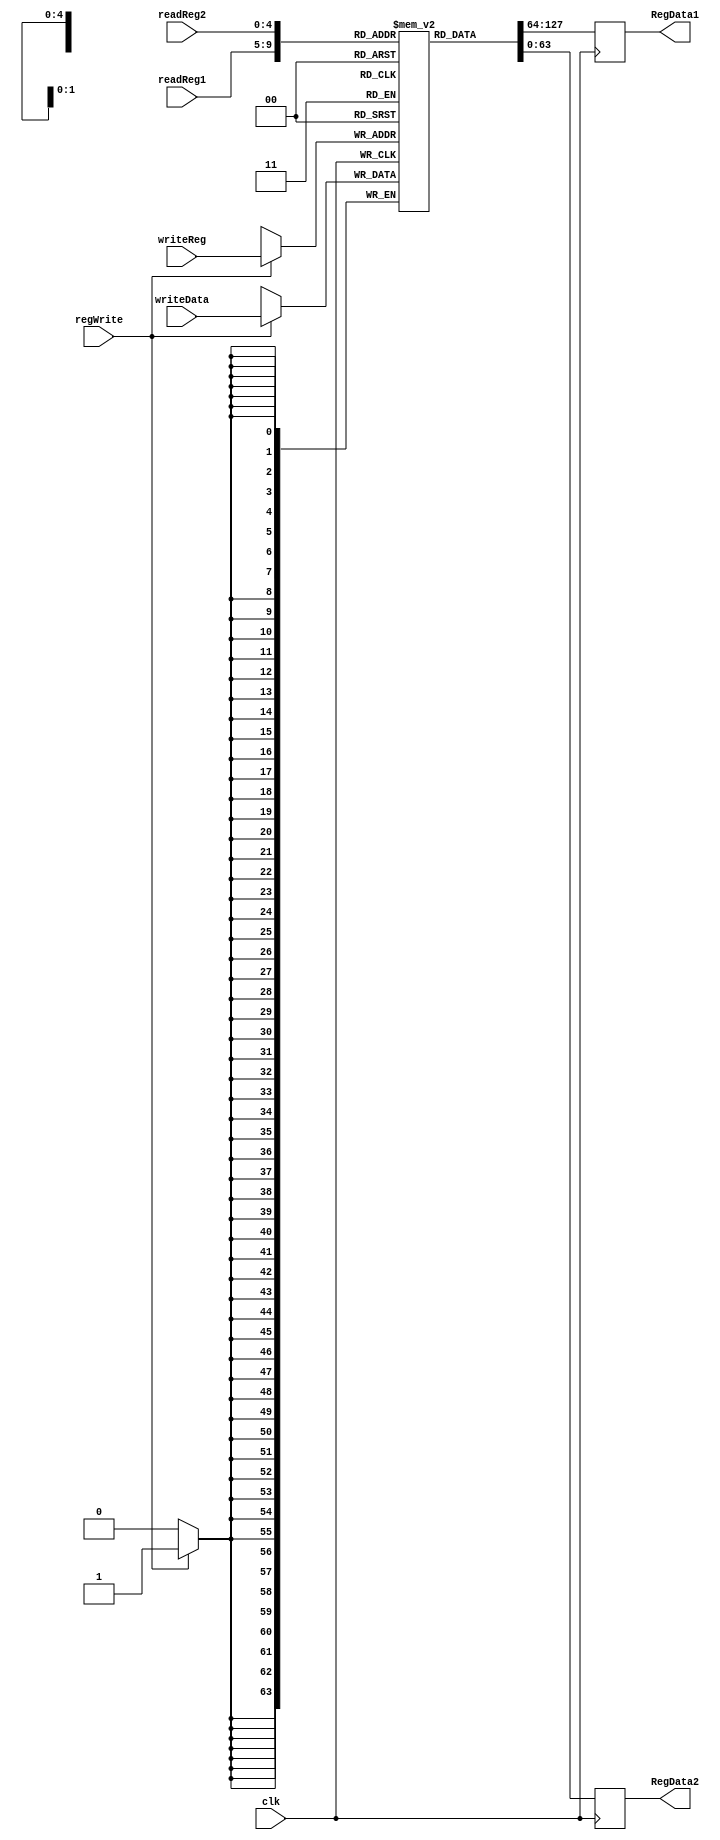
module RegisterBank
	#(
    parameter delay = 100
	  )
	
	(clk,
	regWrite,
	readReg1,readReg2,writeReg,
	writeData,
	RegData1,RegData2
);

	input regWrite,clk;
	input[4:0] readReg1,readReg2,writeReg;
	input[63:0] writeData;
	output[63:0] RegData1,RegData2;
	reg[63:0]registersArray[31:0];
	


	always @(posedge clk)
	begin
		RegData1 <= registersArray[readReg1];
		RegData2 <= registersArray[readReg2];
	end

	always @(posedge clk)
	begin
		if(regWrite)
		     begin
			
		 registersArray[writeReg] <= writeData;

		     end
	end

endmodule